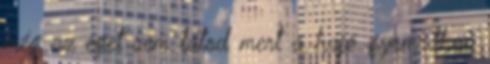
még az eget sem látod mert a hajó gyomrában